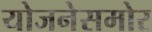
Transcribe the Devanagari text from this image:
योजनेसमोर